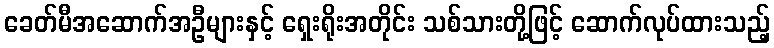
ခေတ်မီအဆောက်အဦများနှင့် ရှေးရိုးအတိုင်း သစ်သားတို့ဖြင့် ဆောက်လုပ်ထားသည့်